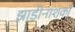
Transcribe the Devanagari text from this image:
झाड़ीनाशकों